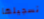
تسجيلها